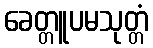
ခေတ္တူပမသုတ္တံ